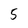
Character: 5